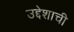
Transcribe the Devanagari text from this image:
उद्देशाची